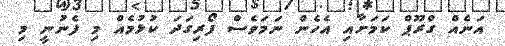
އަނެއް ގްރޫޕް ކަމަށާއި އެހެން ނަމަވެސް ފޯރިގަދަ ކުޅުމެއް މި ފެނުނީ މި